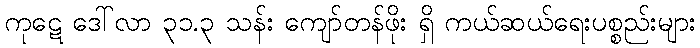
ကုဋေ ဒေါ်လာ ၃၁.၃ သန်း ကျော်တန်ဖိုး ရှိ ကယ်ဆယ်ရေးပစ္စည်းများ